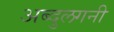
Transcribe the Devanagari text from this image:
अब्दुलगनी